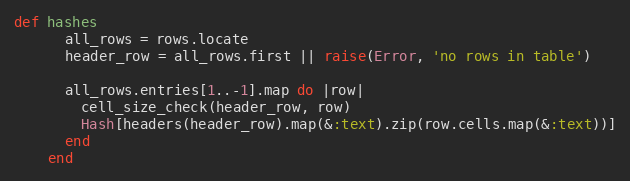
Language: Ruby
def hashes
      all_rows = rows.locate
      header_row = all_rows.first || raise(Error, 'no rows in table')

      all_rows.entries[1..-1].map do |row|
        cell_size_check(header_row, row)
        Hash[headers(header_row).map(&:text).zip(row.cells.map(&:text))]
      end
    end